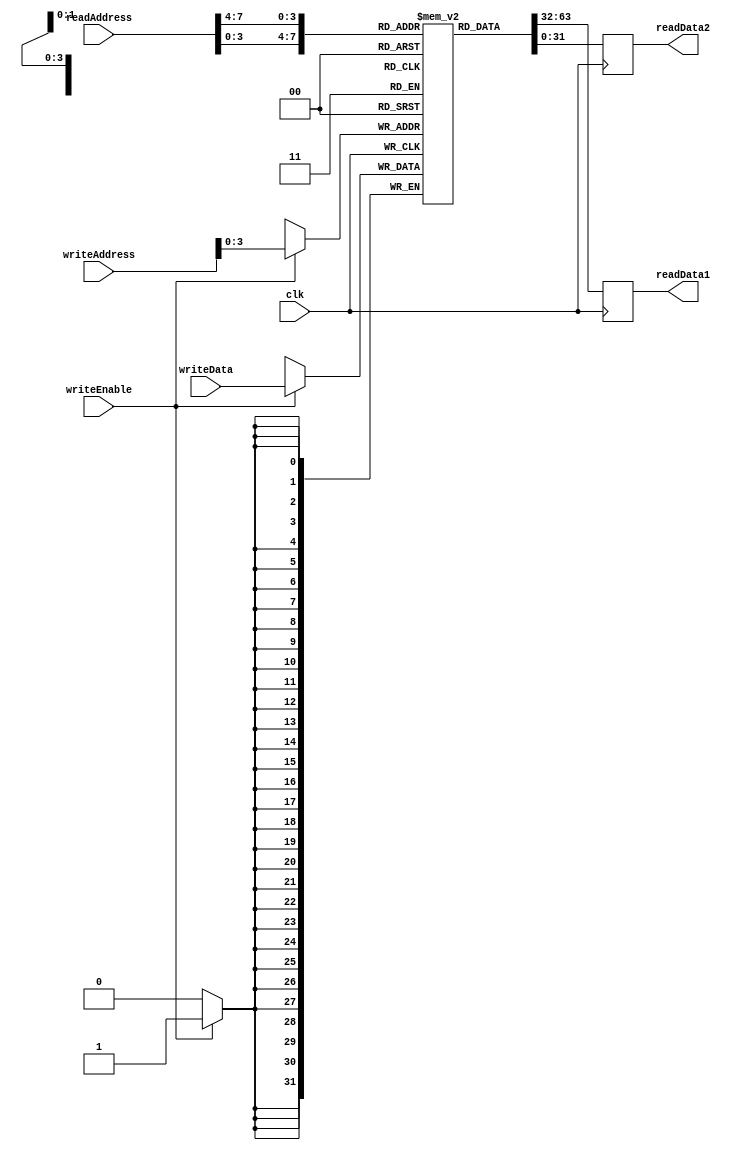
module RegisterFile (
    input wire clk,
    input wire [31:0] readAddress,
    input wire [31:0] writeAddress,
    input wire [31:0] writeData,
    input wire writeEnable,
    output reg [31:0] readData1,
    output reg [31:0] readData2
);

reg [31:0] registers [0:15]; // Array of 16 registers each 32 bits wide

always @(posedge clk) begin
    if(writeEnable) begin
        registers[writeAddress] <= writeData;
    end
    
    readData1 <= registers[readAddress[3:0]];
    readData2 <= registers[readAddress[7:4]];
end

endmodule